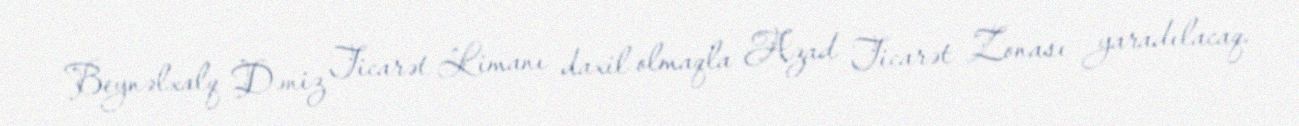
Beynəlxalq Dəniz Ticarət Limanı daxil olmaqla Azad Ticarət Zonası yaradılacaq.